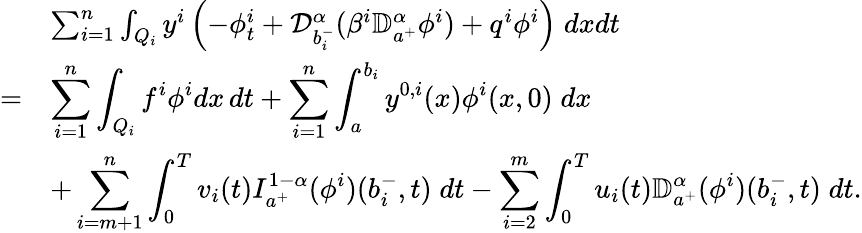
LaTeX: \begin{array}{rl}&{\sum_{i=1}^{n}\int_{Q_{i}}y^{i}\left(-\phi_{t}^{i}+\mathcal{D}_{b_{i}^{-}}^{\alpha}(\beta^{i}\mathbb{D}_{a^{+}}^{\alpha}\phi^{i})+q^{i}\phi^{i}\right)\; dxdt}\\ {=}&{\displaystyle\sum_{i=1}^{n}\int_{Q_{i}}f^{i}\phi^{i}dx\, dt+\displaystyle\sum_{i=1}^{n}\int_{a}^{b_{i}}y^{0,i}(x)\phi^{i}(x,0)\; dx}\\ &{+\displaystyle\sum_{i=m+1}^{n}\int_{0}^{T}v_{i}(t)I_{a^{+}}^{1-\alpha}(\phi^{i})(b_{i}^{-},t)\; dt-\displaystyle\sum_{i=2}^{m}\int_{0}^{T}u_{i}(t)\mathbb{D}_{a^{+}}^{\alpha}(\phi^{i})(b_{i}^{-},t)\; dt.}\end{array}